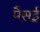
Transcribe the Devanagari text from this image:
पैसई